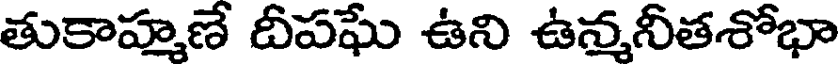
తుకాహ్మణే దీపఘే ఉని ఉన్మనీతశోభా